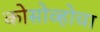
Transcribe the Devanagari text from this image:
कोसोव्होचा